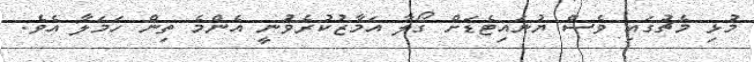
މުޅި މެޗުގައި ވެސް ޔުނައިޓެޑަށް ގޯލާ އަމާޒުކުރެވުނީ އެންމެ ތިން ހަމަލާ އެވެ.